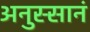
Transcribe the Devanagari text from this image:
अनुस्सानं